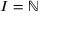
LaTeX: I = \mathbb { N }